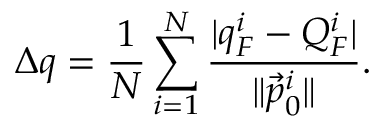
\Delta q = \frac { 1 } { N } \sum _ { i = 1 } ^ { N } \frac { \lvert q _ { F } ^ { i } - Q _ { F } ^ { i } \rvert } { \lVert \vec { p } _ { 0 } ^ { i } \rVert } .